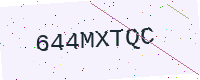
Text: 644MXTQC